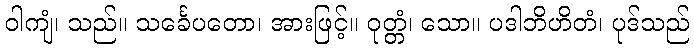
ဝါကျံ၊ သည်။ သင်္ခေပတော၊ အားဖြင့်။ ဝုတ္တံ၊ သော။ ပဒါဘိဟိတံ၊ ပုဒ်သည်